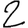
Digit: 2